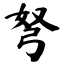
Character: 弩